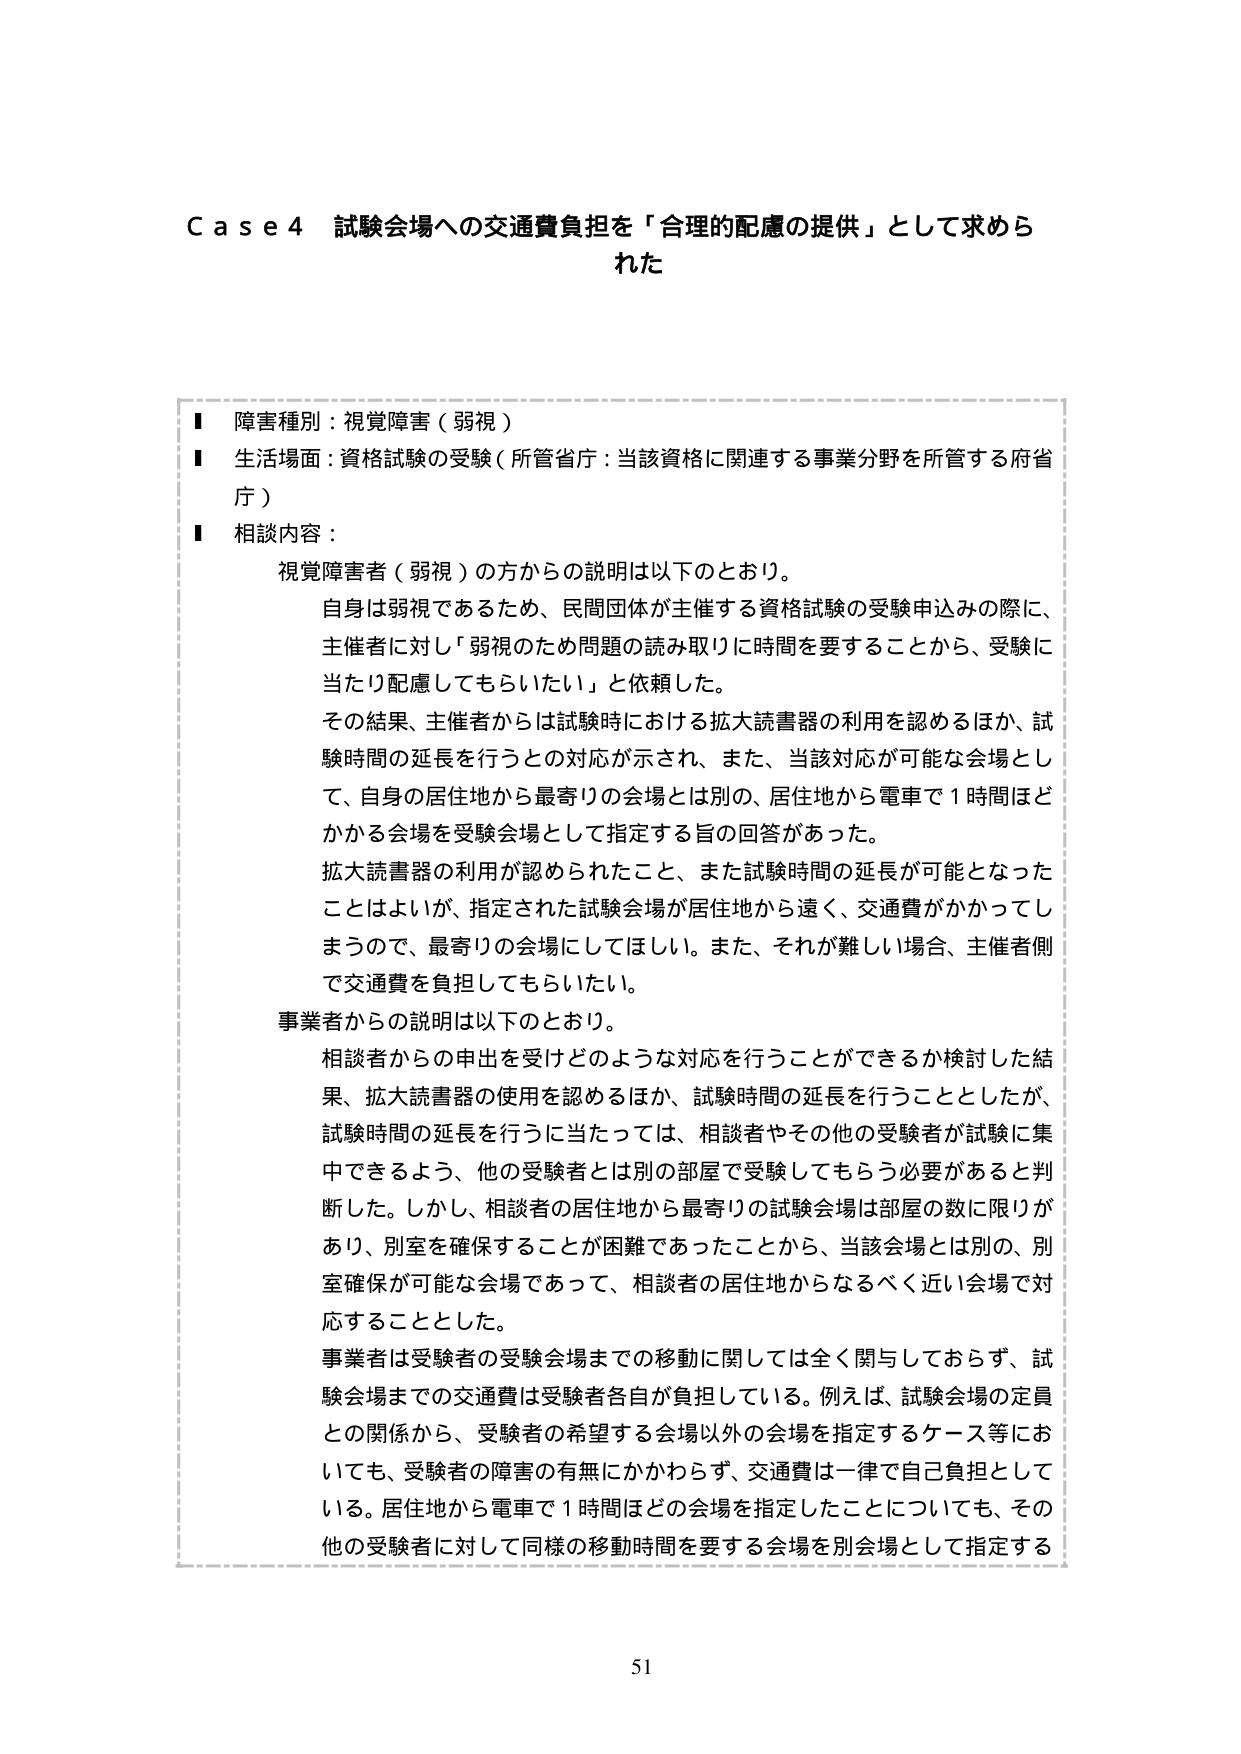
Case4 試験会場への交通費負担を「合理的配慮の提供」として求められた

■ 障害種別：視覚障害（弱視）
■ 生活場面：資格試験の受験（所管省庁：当該資格に関連する事業分野を所管する府省庁）
■ 相談内容：

視覚障害者（弱視）の方からの説明は以下のとおり。
自身は弱視であるため、民間団体が主催する資格試験の受験申込みの際に、主催者に対し「弱視のため問題の読み取りに時間を要することから、受験に当たり配慮してもらいたい」と依頼した。
その結果、主催者からは試験時における拡大読書器の利用を認めるほか、試験時間の延長を行うとの対応が示され、また、当該対応が可能な会場として、自身の居住地から最寄りの会場とは別の、居住地から電車で1時間ほどかかる会場を受験会場として指定する旨の回答があった。
拡大読書器の利用が認められたこと、また試験時間の延長が可能となったことはよいが、指定された試験会場が居住地から遠く、交通費がかかってしまうので、最寄りの会場にしてほしい。また、それが難しい場合、主催者側で交通費を負担してもらいたい。

事業者からの説明は以下のとおり。
相談者からの申出を受けどのような対応を行うことができるか検討した結果、拡大読書器の使用を認めるほか、試験時間の延長を行うこととしたが、試験時間の延長を行うに当たっては、相談者やその他の受験者が試験に集中できるよう、他の受験者とは別の部屋で受験してもらう必要があると判断した。しかし、相談者の居住地から最寄りの試験会場は部屋の数に限りがあり、別室を確保することが困難であったことから、当該会場とは別の、別室確保が可能な会場であって、相談者の居住地からなるべく近い会場で対応することとした。
事業者は受験者の受験会場までの移動に関しては全く関与しておらず、試験会場までの交通費は受験者各自が負担している。例えば、試験会場の定員との関係から、受験者の希望する会場以外の会場を指定するケース等においても、受験者の障害の有無にかかわらず、交通費は一律で自己負担としている。居住地から電車で1時間ほどの会場を指定したことについても、その他の受験者に対して同様の移動時間を要する会場を別会場として指定する

51